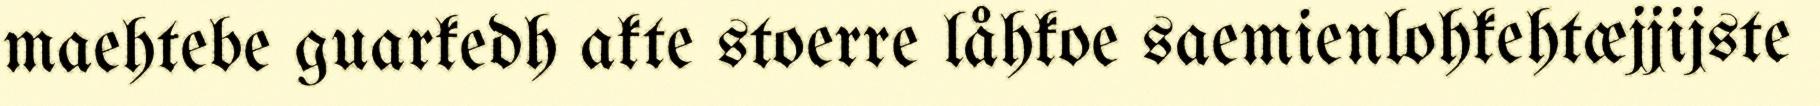
maehtebe guarkedh akte stoerre låhkoe saemienlohkehtæjjijste